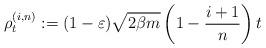
LaTeX: \begin{align*}\rho_t^{(i,n)}:=(1-\varepsilon)\sqrt{2\beta m}\left(1-\frac{i+1}{n}\right)t \end{align*}